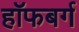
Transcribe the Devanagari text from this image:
हॉफबर्ग